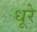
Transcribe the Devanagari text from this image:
धूरे